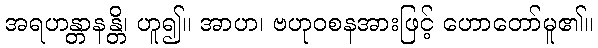
အရဟန္တာနန္တိ၊ ဟူ၍။ အာဟ၊ ဗဟုဝစနအားဖြင့် ဟောတော်မူ၏။